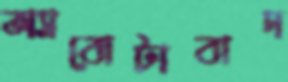
অ্যাবোটাবাদ